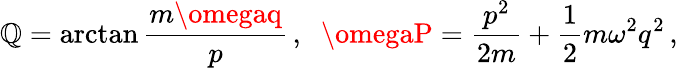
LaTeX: \mathbb{Q}=\arctan\frac{{m\omegaq}}{{p}}\, ,\; \; \omegaP=\frac{{p^{2}}}{{2m}}+\frac{{1}}{{2}}m\omega^{2}q^{2}\, ,